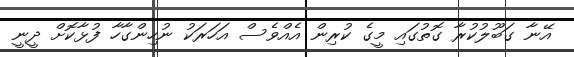
އޭނާ ގަބޫލުކުރާ ގޮތުގައި މީގެ ކުރިން އެއްވެސް އަހަރަކު ނުހިންގާހާ ފުޅާކޮށް ދީނީ